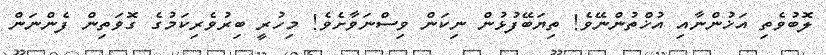
ލޮބުވެތި އަޚުންނާއި އުޚްތުންނޭވެ! ތިޔަބޭފުޅުން ނިކަން ވިސްނަވާށެވެ! މިހުރީ ބިރުވެރިކަމުގެ ގޮވަތިން ފެންނަން